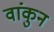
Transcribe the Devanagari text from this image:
वांकुन